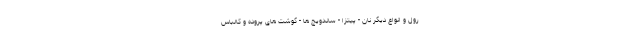
رول و انواع دیگر نان - پیتزا - ساندویچ ها - گوشت های پروده و کالباس